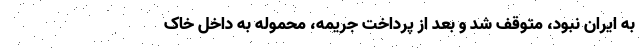
به ایران نبود، متوقف شد و بعد از پرداخت جریمه، محموله به داخل خاک